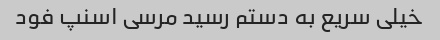
خیلی سریع به دستم رسید مرسی اسنپ فود